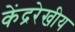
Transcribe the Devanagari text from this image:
केंद्ररेखीय